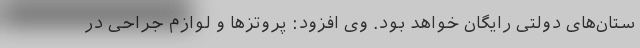
ستان‌های دولتی رایگان خواهد بود. وی افزود: پروتزها و لوازم جراحی در